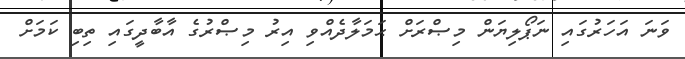
ވަނަ އަހަރުގައި ނަޕޯލިޔަން މިޞްރަށް ޙަމަލާދެއްވި އިރު މިޞްރުގެ އާބާދީގައި ތިބި ކަމަށް